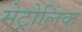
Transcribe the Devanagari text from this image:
मेट्रोलिंक